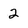
Character: 2